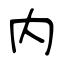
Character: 内